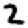
Digit: 2